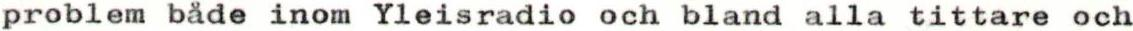
problem både inom Yleisradio och bland alla tittare och